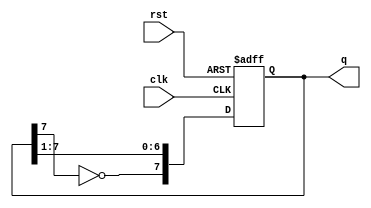
module johnson_counter (
    input wire clk,         // Clock input
    input wire rst,         // Reset input
    output reg [7:0] q      // 8-bit output representing the counter state
);

    always @(posedge clk or posedge rst) begin
        if (rst) begin
            q <= 8'b00000000; // Reset the counter to 0
        end else begin
            q <= {~q[7], q[7:1]}; // Shift right and feed back the inverted output of the last flip-flop
        end
    end

endmodule